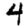
Digit: 4